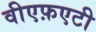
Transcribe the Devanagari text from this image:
वीएफ़एटी